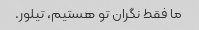
ما فقط نگران تو هستیم، تیلور.